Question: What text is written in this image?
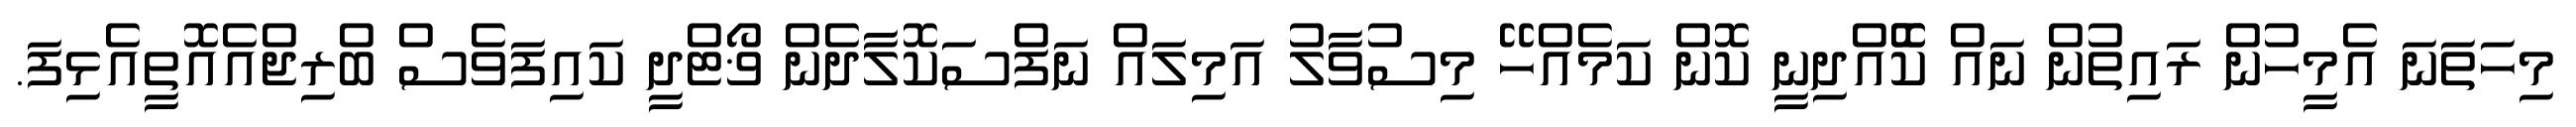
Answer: މިހަތަނަ އެމީހުން ރައިތުން ނައް ކޮެއްދިނީ ކޮން ކަމެއްހޭ މިސުވާލު އަމިލައް ނަފްސަކޮލާދެން ޥޯޓްދީ ކައިފަވެސް ބްރިޖްއެއޮތީއެޅިފަ.